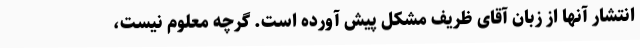
انتشار آنها از زبان آقای ظریف مشکل پیش آورده است. گرچه معلوم نیست،